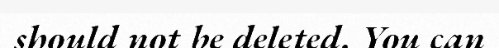
should not be deleted. You can